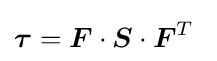
{\boldsymbol {\tau }}={\boldsymbol {F}}\cdot {\boldsymbol {S}}\cdot {\boldsymbol {F}}^{T}~